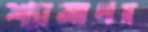
শ্যামাপদ